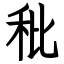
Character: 秕